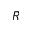
\bar { R }